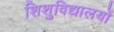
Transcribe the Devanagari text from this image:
शिशुविद्यालयों